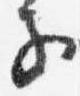
子